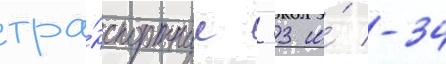
тра́нспортные -33 и́ -34